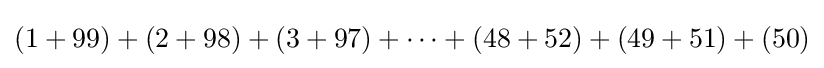
(1+99)+(2+98)+(3+97)+\cdots +(48+52)+(49+51)+(50)